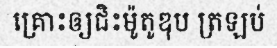
គ្រោះឲ្យជិះម៉ូតូឌុប ត្រឡប់